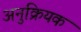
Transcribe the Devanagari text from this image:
अनुक्रियक